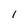
Character: I